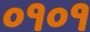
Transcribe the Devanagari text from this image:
०१०१